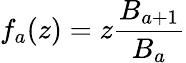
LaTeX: f_{a}(z)=z\frac{B_{a+1}}{B_{a}}